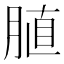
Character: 䐈